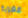
مغرية